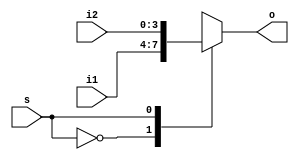
`timescale 1ns / 1ps
//////////////////////////////////////////////////////////////////////////////////
// Company: 
// Engineer: 
// 
// Design Name: 
// Module Name: RegisterNbit
// Project Name: 
// Target Devices: 
// Tool Versions: 
// Description: 
// 
// Dependencies: 
// 
// Revision:
// Revision 0.01 - File Created
// Additional Comments:
// 
//////////////////////////////////////////////////////////////////////////////////


module Mux2to1Nbit(o, i1,i2, s);

    input [3:0] i1,i2;
    input  s;
    output reg  [3:0] o;


    always @(s or i1 or i2)
    begin
    case (s)
      1'b0 : o = i1;
      1'b1 : o = i2;
      default : o = 4'b0;
   endcase
end

endmodule